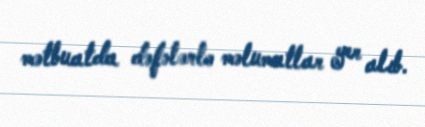
mətbuatda dəfələrlə məlumatlar yer alıb.